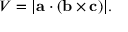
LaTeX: V = | \mathbf { a } \cdot ( \mathbf { b } \times \mathbf { c } ) | .